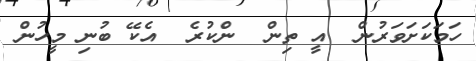
ހަމަކަށަވަރުން  އީ ތިން  ންކުރެ  އެކޭ ބުނި މީހުން